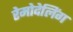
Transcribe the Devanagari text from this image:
रेमोदेलिंग